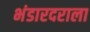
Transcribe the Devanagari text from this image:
भंडारदराला